Annual administration report of the Civil Veterinary Department of India - 1897-1898
Year: 1897
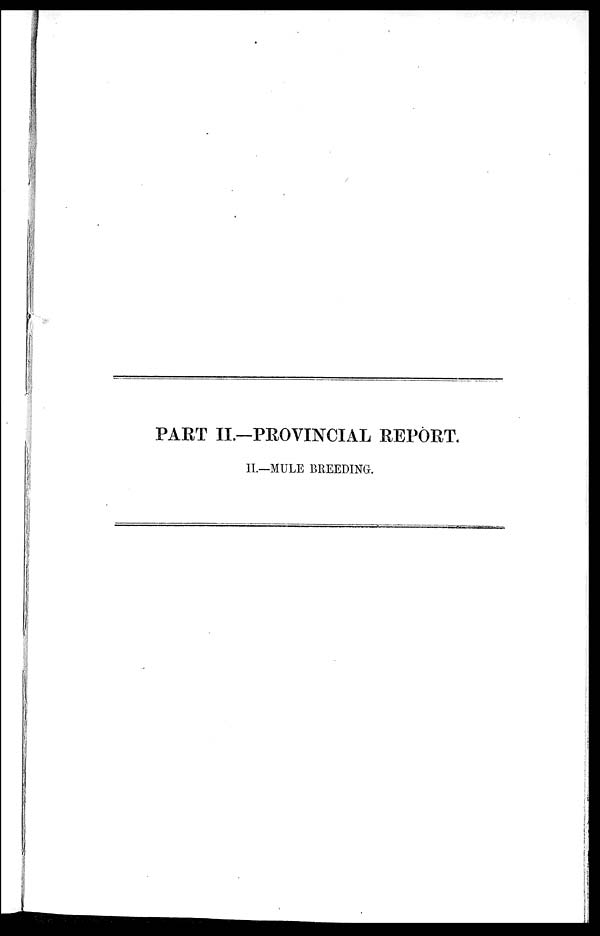
PART II.—PROVINCIAL REPORT.
II.—MULE BREEDING.